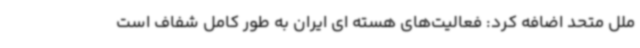
ملل متحد اضافه کرد: فعالیت‌های هسته ای ایران به طور کامل شفاف است